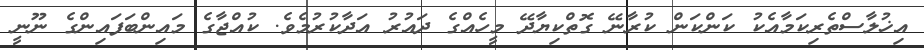
އިޚުލާސްތެރިކަމާއެކު ކަންކަން ކުރާނޭ ގޮތްކިޔާދޭ މީހެއްގެ ދައުރު އަދާކުރުމެވެ. ކުއްޖާގެ މައިންބަފައިންގެ ނޫނީ